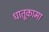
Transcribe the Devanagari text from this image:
धातूकामा